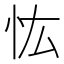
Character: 𢗞